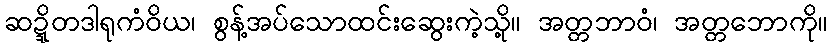
ဆဍ္ဍိတဒါရုကံဝိယ၊ စွန့်အပ်သောထင်းဆွေးကဲ့သို့။ အတ္တဘာဝံ၊ အတ္တဘောကို။